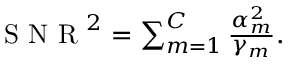
\begin{array} { r } { \mathrm { ~ S ~ N ~ R ~ } ^ { 2 } = \sum _ { m = 1 } ^ { C } \frac { \alpha _ { m } ^ { 2 } } { \gamma _ { m } } . } \end{array}